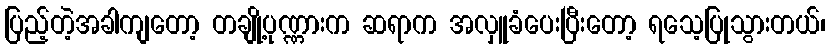
ပြည့်တဲ့အခါကျတော့ တချို့ပုဏ္ဏားက ဆရာက အလှူခံပေးပြီးတော့ ရသေ့ပြုသွားတယ်၊